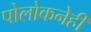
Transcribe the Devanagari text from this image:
पोलोकनेही